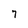
Character: 7